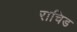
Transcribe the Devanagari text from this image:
राचिड